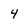
Character: 4